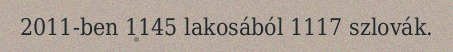
2011-ben 1145 lakosából 1117 szlovák.